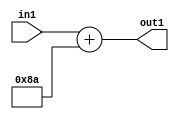
`timescale 1ps / 1ps
/*****************************************************************************
    Verilog RTL Description
    
    
    Created by: Stratus DpOpt 2019.1.01 
*******************************************************************************/

module DC_Filter_Add_12U_253_1 (
	in1,
	out1
	); /* architecture "behavioural" */ 
input [11:0] in1;
output [11:0] out1;
wire [11:0] asc001;

assign asc001 = 
	+(in1)
	+(12'B000010001010);

assign out1 = asc001;
endmodule

/* CADENCE  urnzQgA= : u9/ySgnWtBlWxVPRXgAZ4Og= ** DO NOT EDIT THIS LINE ******/